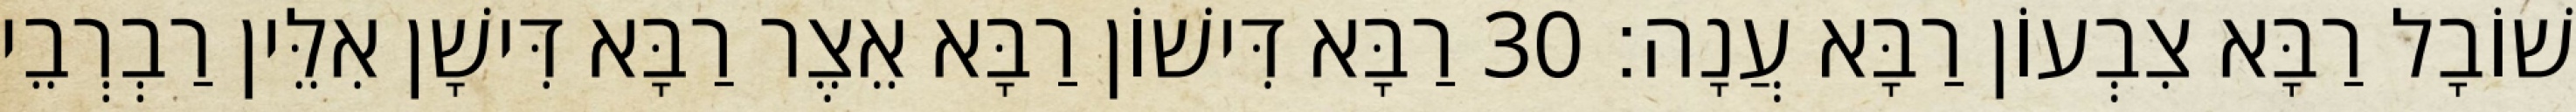
שׁוֹבָל רַבָּא צִבְעוֹן רַבָּא עֲנָה׃ 30 רַבָּא דִּישׁוֹן רַבָּא אֵצֶר רַבָּא דִּישָׁן אִלֵּין רַבְרְבֵי